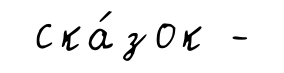
ска́зок -